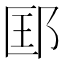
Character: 邼